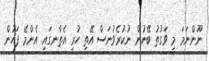
ނޫންނަމަ މި ވަގުތު ބޭނުން ނުކުރެވުނަސް އޭތި ހުރީ އެތާނގައި. އެންމެ ފަހުން